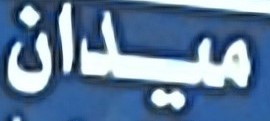
ميدان